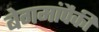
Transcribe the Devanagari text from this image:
बेगमांपैकी